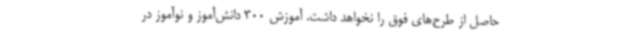
حاصل از طرح‌های فوق را نخواهد داشت. آموزش 300 دانش‌آموز و نوآموز در